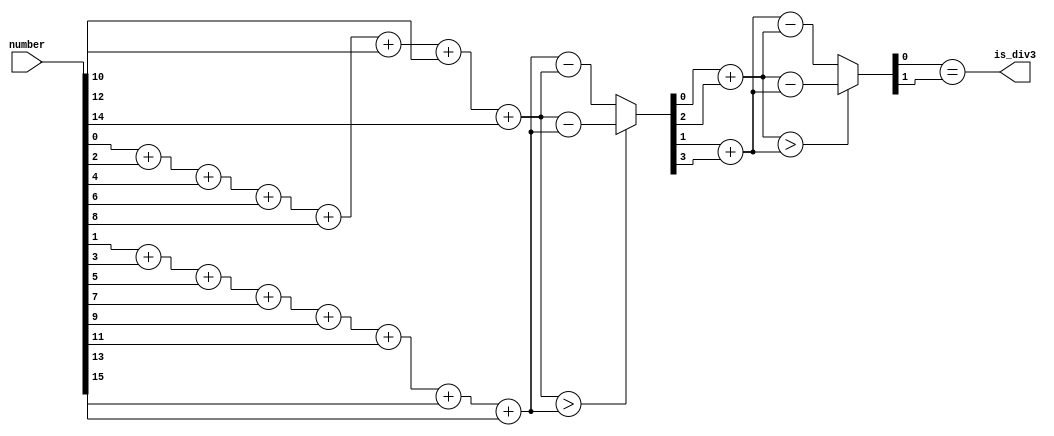
`timescale 1ns/1ps

module div_3 (
	input	wire	[15:0]	number,
	output	wire		is_div3
);

wire	[3:0]	even_sum4;
wire	[3:0]	odd_sum4;
wire	[3:0]	difference4;

assign even_sum4 = (number[0]  & 4'h1) +
                   (number[2]  & 4'h1) +
                   (number[4]  & 4'h1) +
                   (number[6]  & 4'h1) +
                   (number[8]  & 4'h1) +
                   (number[10] & 4'h1) +
                   (number[12] & 4'h1) +
                   (number[14] & 4'h1);

assign odd_sum4 = (number[1]  & 4'h1) +
                  (number[3]  & 4'h1) +
                  (number[5]  & 4'h1) +
                  (number[7]  & 4'h1) +
                  (number[9]  & 4'h1) +
                  (number[11] & 4'h1) +
                  (number[13] & 4'h1) +
                  (number[15] & 4'h1);

assign difference4 = even_sum4 > odd_sum4 ? even_sum4 - odd_sum4 : odd_sum4 - even_sum4;

wire	[1:0]	even_sum2;
wire	[1:0]	odd_sum2;
wire	[1:0]	difference2;

assign even_sum2 = (difference4[0] & 2'h1) +
                   (difference4[2] & 2'h1);

assign odd_sum2 = (difference4[1] & 2'h1) +
                  (difference4[3] & 2'h1);

assign difference2 = even_sum2 > odd_sum2 ? even_sum2 - odd_sum2 : odd_sum2 - even_sum2;
assign is_div3 = difference2[0] == difference2[1];

endmodule

module top;

reg	[15:0]	number;
wire		is_div3;

div_3	div_3_module
(
	.number		(number),
	.is_div3	(is_div3)
);

initial	number = 16'd0;

always	#1 number = number + 16'd1;

initial begin
	#100
	$stop;
end
endmodule